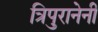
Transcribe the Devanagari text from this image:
त्रिपुरानेनी